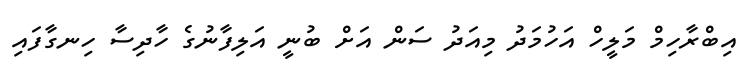
އިބްރާހިމް މަލީހް އަހުމަދު މިއަދު ސަން އަށް ބުނީ އަލިފާނުގެ ހާދިސާ ހިނގާފައި